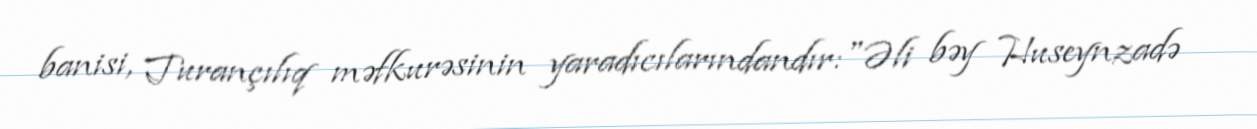
banisi, Turançılıq məfkurəsinin yaradıcılarındandır:"Əli bəy Huseynzadə